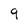
Character: 9